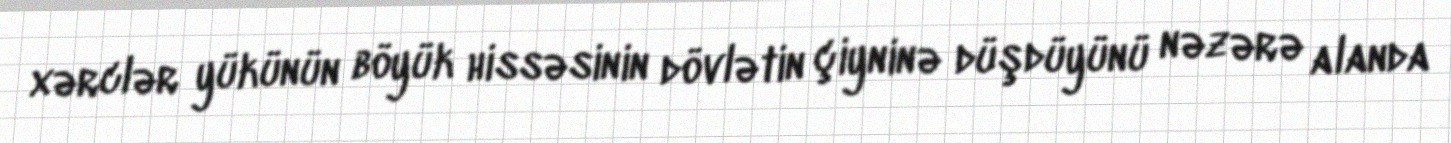
xərclər yükünün böyük hissəsinin dövlətin çiyninə düşdüyünü nəzərə alanda